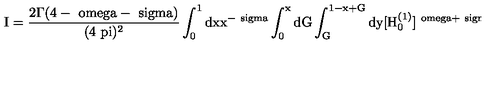
\mathrm { I = \frac { 2 \Gamma ( 4 - \ o m e g a - \ s i g m a ) } { ( 4 \ p i ) ^ { 2 } } \int _ { 0 } ^ { 1 } d x x ^ { - \ s i g m a } \int _ { 0 } ^ { x } d G \int _ { G } ^ { 1 - x + G } d y [ H _ { 0 } ^ { ( 1 ) } ] ^ { \ o m e g a + \ s i g m a - 4 } + F . T . }